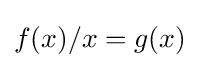
f(x)/x=g(x)